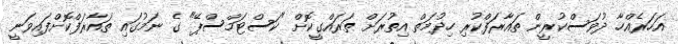
އަހަރެއްހާ ދުވަސްކުރީން ތައާރަފްކުރި ހިދުމަތް އިތުރަށް ތަރައްގީކޮށް "ކަސްޓަމްސްޕޭ" ގެ ނަމުގައި ތައާރަފްކޮށްފައިވަނީ